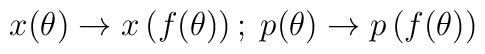
x(\theta) \rightarrow x \left( f(\theta) \right) \\;\; p(\theta) \rightarrow p\left( f(\theta) \right)